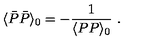
\langle \bar { P } \bar { P } \rangle _ { 0 } = - { \frac { 1 } { \langle P P \rangle _ { 0 } } } \ .